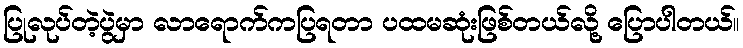
ပြုလုပ်တဲ့ပွဲမှာ လာရောက်ကပြရတာ ပထမဆုံးဖြစ်တယ်လို့ ပြောပါတယ်။